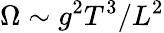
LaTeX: \Omega\sim g^{2}T^{3}/L^{2}